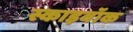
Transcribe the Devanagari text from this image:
स्काइवॉक